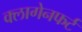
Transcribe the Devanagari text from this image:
क्लागेनफर्ट